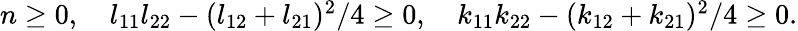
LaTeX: \begin{array}{r}{n\geq 0,\quad l_{11}l_{22}-(l_{12}+l_{21})^{2}/4\geq 0,\quad k_{11}k_{22}-(k_{12}+k_{21})^{2}/4\geq 0.}\end{array}